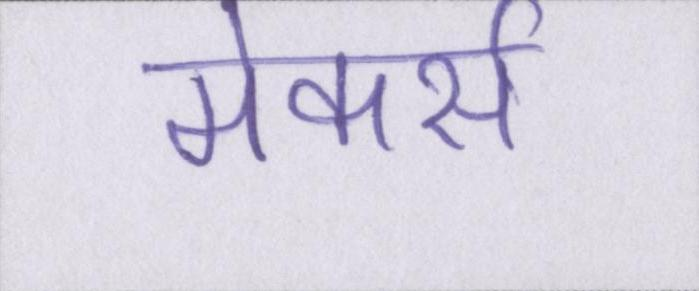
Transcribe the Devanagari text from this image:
मेकर्स